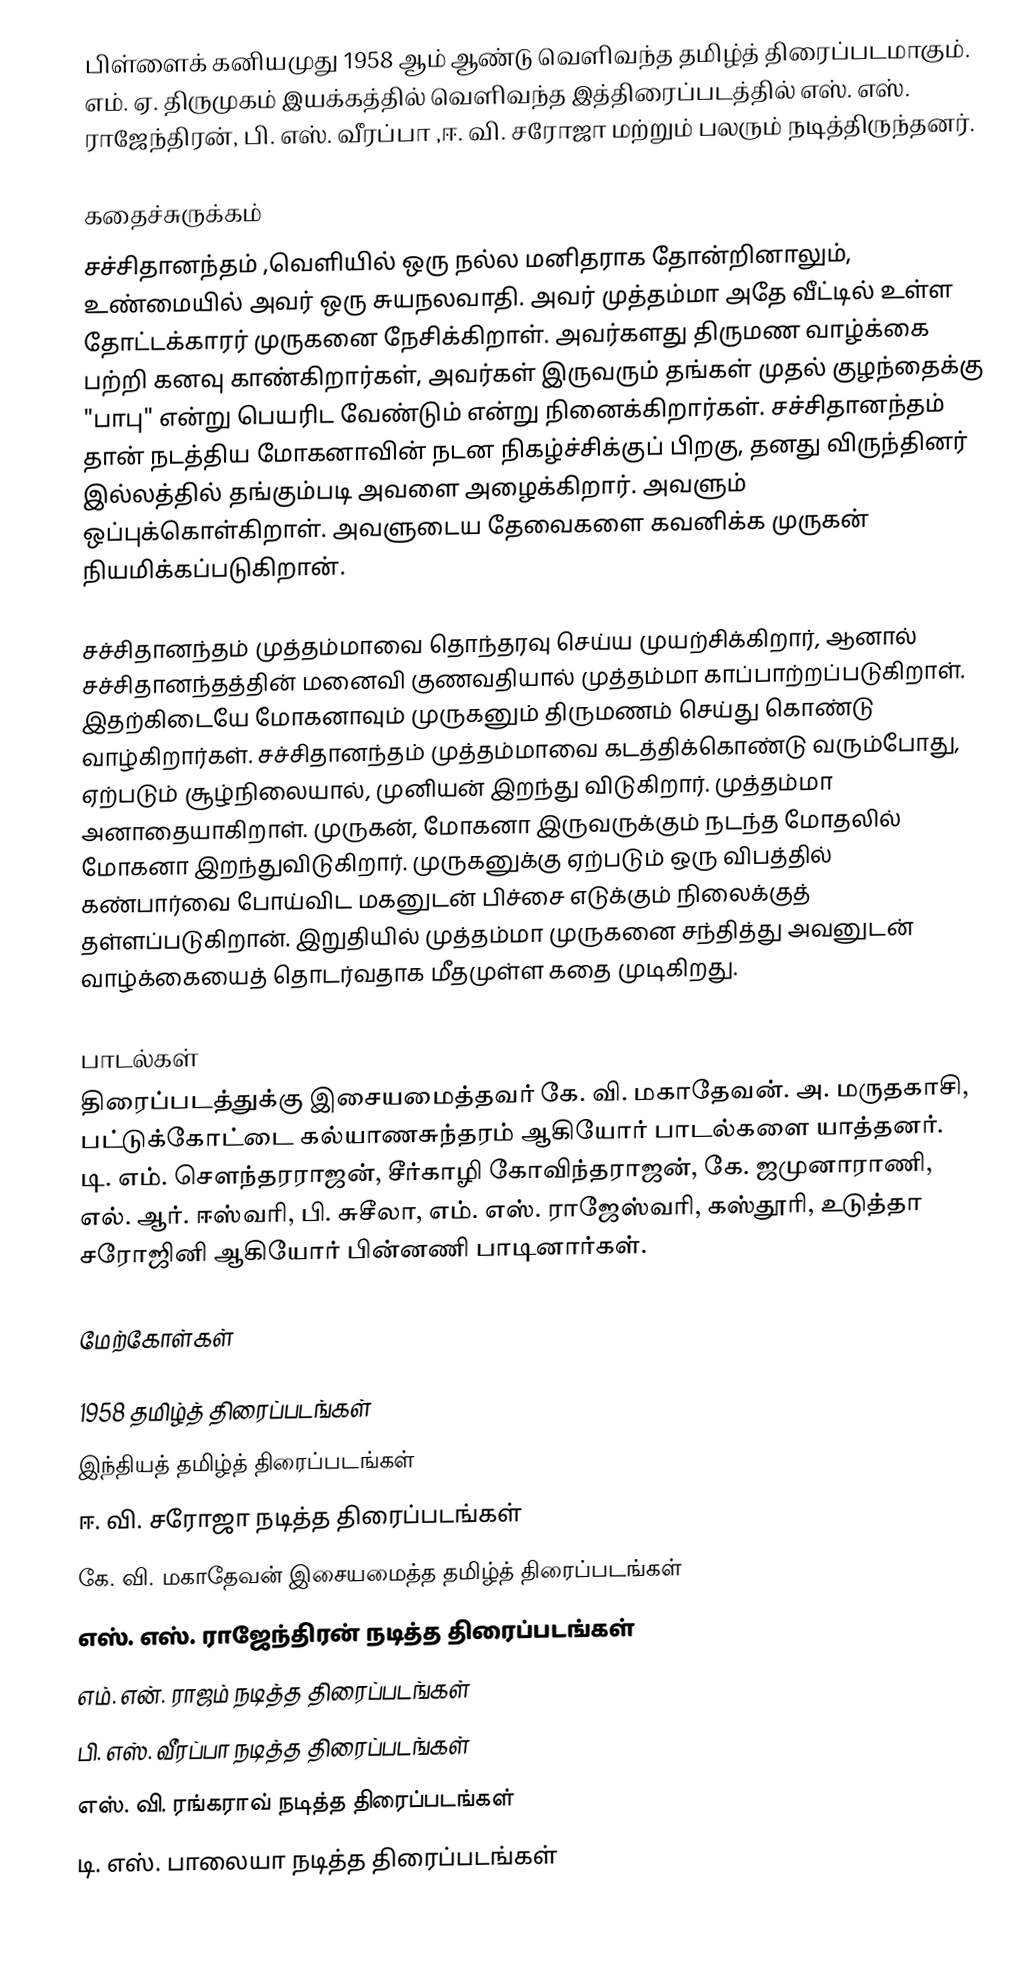
பிள்ளைக் கனியமுது 1958 ஆம் ஆண்டு வெளிவந்த தமிழ்த் திரைப்படமாகும். எம். ஏ. திருமுகம் இயக்கத்தில் வெளிவந்த இத்திரைப்படத்தில் எஸ். எஸ். ராஜேந்திரன், பி. எஸ். வீரப்பா ,ஈ. வி. சரோஜா மற்றும் பலரும் நடித்திருந்தனர்.

கதைச்சுருக்கம்
சச்சிதானந்தம் ,வெளியில் ஒரு நல்ல மனிதராக தோன்றினாலும், உண்மையில் அவர் ஒரு சுயநலவாதி. அவர்  முத்தம்மா அதே வீட்டில் உள்ள தோட்டக்காரர் முருகனை நேசிக்கிறாள். அவர்களது திருமண வாழ்க்கை பற்றி கனவு காண்கிறார்கள், அவர்கள் இருவரும் தங்கள் முதல் குழந்தைக்கு "பாபு" என்று பெயரிட வேண்டும் என்று நினைக்கிறார்கள்.  சச்சிதானந்தம் தான் நடத்திய  மோகனாவின் நடன நிகழ்ச்சிக்குப் பிறகு, தனது விருந்தினர் இல்லத்தில்  தங்கும்படி அவளை அழைக்கிறார். அவளும் ஒப்புக்கொள்கிறாள்.  அவளுடைய தேவைகளை கவனிக்க முருகன் நியமிக்கப்படுகிறான்.

சச்சிதானந்தம் முத்தம்மாவை தொந்தரவு செய்ய முயற்சிக்கிறார், ஆனால் சச்சிதானந்தத்தின் மனைவி குணவதியால் முத்தம்மா காப்பாற்றப்படுகிறாள். இதற்கிடையே மோகனாவும் முருகனும் திருமணம் செய்து கொண்டு வாழ்கிறார்கள்.  சச்சிதானந்தம் முத்தம்மாவை கடத்திக்கொண்டு வரும்போது, ஏற்படும் சூழ்நிலையால், முனியன் இறந்து விடுகிறார். முத்தம்மா அனாதையாகிறாள். முருகன், மோகனா இருவருக்கும் நடந்த மோதலில் மோகனா இறந்துவிடுகிறார். முருகனுக்கு ஏற்படும் ஒரு விபத்தில் கண்பார்வை போய்விட மகனுடன் பிச்சை எடுக்கும் நிலைக்குத் தள்ளப்படுகிறான். இறுதியில் முத்தம்மா முருகனை சந்தித்து அவனுடன் வாழ்க்கையைத் தொடர்வதாக மீதமுள்ள கதை முடிகிறது.

பாடல்கள்
திரைப்படத்துக்கு இசையமைத்தவர் கே. வி. மகாதேவன். அ. மருதகாசி, பட்டுக்கோட்டை கல்யாணசுந்தரம் ஆகியோர் பாடல்களை யாத்தனர். டி. எம். சௌந்தரராஜன், சீர்காழி கோவிந்தராஜன், கே. ஜமுனாராணி, எல். ஆர். ஈஸ்வரி, பி. சுசீலா, எம். எஸ். ராஜேஸ்வரி, கஸ்தூரி, உடுத்தா சரோஜினி ஆகியோர் பின்னணி பாடினார்கள்.

மேற்கோள்கள்

1958 தமிழ்த் திரைப்படங்கள்
இந்தியத் தமிழ்த் திரைப்படங்கள்
ஈ. வி. சரோஜா நடித்த திரைப்படங்கள்
கே. வி. மகாதேவன் இசையமைத்த தமிழ்த் திரைப்படங்கள்
எஸ். எஸ். ராஜேந்திரன் நடித்த திரைப்படங்கள்
எம். என். ராஜம் நடித்த திரைப்படங்கள்
பி. எஸ். வீரப்பா நடித்த திரைப்படங்கள்
எஸ். வி. ரங்கராவ் நடித்த திரைப்படங்கள்
டி. எஸ். பாலையா நடித்த திரைப்படங்கள்